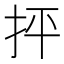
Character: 抨